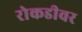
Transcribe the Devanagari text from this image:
रोकडीवर